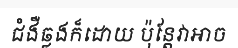
ជំងឺឆ្លងក៏ដោយ ប៉ុន្តែវាអាច